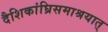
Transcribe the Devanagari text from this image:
दैशिकांघ्रिसमाश्रयात्